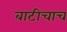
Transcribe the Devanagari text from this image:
बाटीचाच